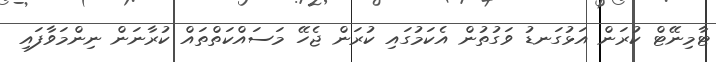
ޓާމިނޭޓް ކުރަން އަޅުގަނޑު ވަގުތުން އެކަމުގައި ކުރަން ޖެހޭ މަސައްކަތްތައް ކުރާނަން ނިންމަވާފައި